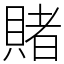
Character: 賭